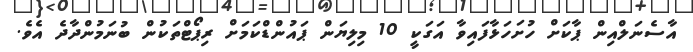
އާސެނަލްއިން ޕާކަށް ހުށަހަޅާފައިވާ އަގަކީ 10 މިލިޔަން ޕައުންޑްކަމަށް ރިޕޯޓްތަކުން ބުނަމުންދާދެ އެވެ.